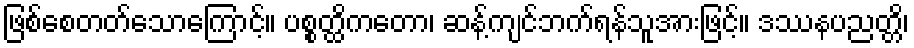
ဖြစ်စေတတ်သောကြောင့်။ ပစ္စတ္ထိကတော၊ ဆန့်ကျင်ဘက်ရန်သူအားဖြင့်။ ဒဿနပညတ္တိ၊